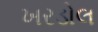
ખરડોલ